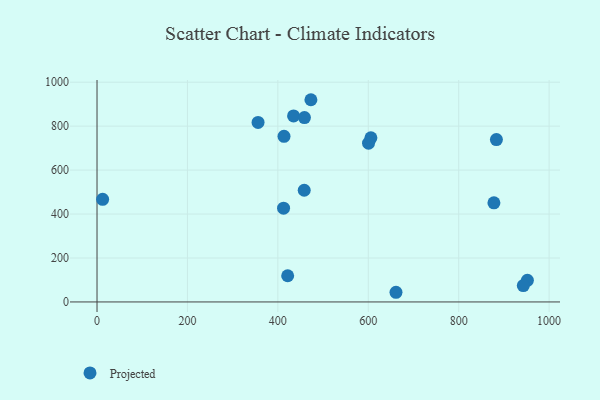
{"axis": {"x": "Speed", "y": "Sales"}, "legend": ["Projected"], "data": [{"x": "877.9", "y": 450.9, "type": "Projected"}, {"x": "661.3", "y": 44.0, "type": "Projected"}, {"x": "421.7", "y": 119.1, "type": "Projected"}, {"x": "951.9", "y": 98.5, "type": "Projected"}, {"x": "413.6", "y": 753.7, "type": "Projected"}, {"x": "605.8", "y": 746.6, "type": "Projected"}, {"x": "434.7", "y": 846.6, "type": "Projected"}, {"x": "458.3", "y": 508.3, "type": "Projected"}, {"x": "883.4", "y": 738.8, "type": "Projected"}, {"x": "12.4", "y": 467.0, "type": "Projected"}, {"x": "458.8", "y": 839.0, "type": "Projected"}, {"x": "942.9", "y": 74.7, "type": "Projected"}, {"x": "412.6", "y": 426.7, "type": "Projected"}, {"x": "356.2", "y": 817.1, "type": "Projected"}, {"x": "473.1", "y": 920.2, "type": "Projected"}, {"x": "600.6", "y": 722.6, "type": "Projected"}]}